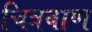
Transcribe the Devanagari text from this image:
चित्रबाण